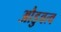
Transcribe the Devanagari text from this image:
औडुवत्व